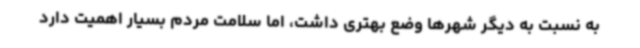
به نسبت به دیگر شهرها وضع بهتری داشت، اما سلامت مردم بسیار اهمیت دارد